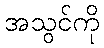
အသွင်ကို